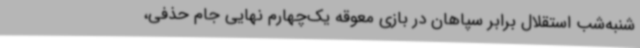
شنبه‌شب استقلال برابر سپاهان در بازی معوقه یک‌چهارم نهایی جام‌ حذفی،